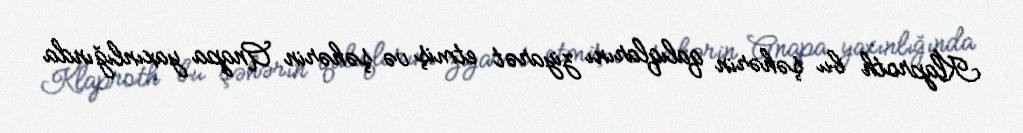
Klaproth bu şəhərin qalıqlarını ziyarət etmiş və şəhərin Anapa yaxınlığında